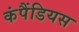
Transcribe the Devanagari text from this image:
कंपैंडियस